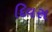
દિવસ